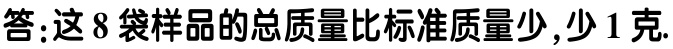
答：这8袋样品的总质量比标准质量少,少1克.